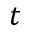
t